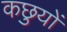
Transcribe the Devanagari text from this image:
कछुयों